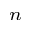
_ n